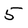
Character: 5